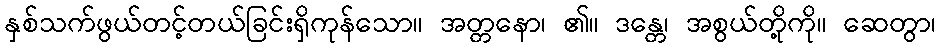
နှစ်သက်ဖွယ်တင့်တယ်ခြင်းရှိကုန်သော။ အတ္တနော၊ ၏။ ဒန္တေ၊ အစွယ်တို့ကို။ ဆေတွာ၊